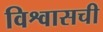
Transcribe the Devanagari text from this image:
विश्वासची